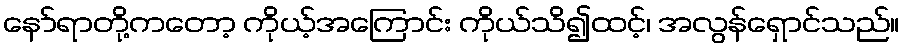
နော်ရာတို့ကတော့ ကိုယ့်အကြောင်း ကိုယ်သိ၍ထင့်၊ အလွန်ရှောင်သည်။